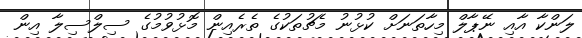
ލަންކާ އާއި ނޭޕާލް މިހާތަނަށް ކުޅުނު މެޗުތަކުގެ ތެރެއިން މޮޅުވުމުގެ ސިލްސިލާ އިން